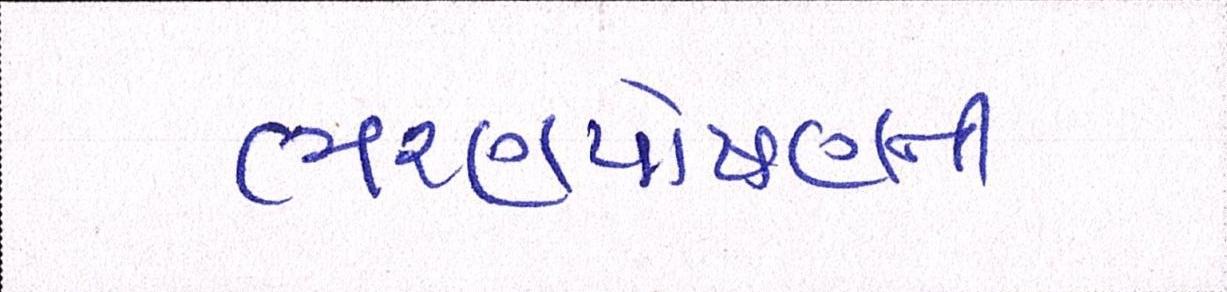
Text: ભરણપોષણની